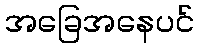
အခြေအနေပင်